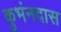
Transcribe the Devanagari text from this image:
कुभंनदास